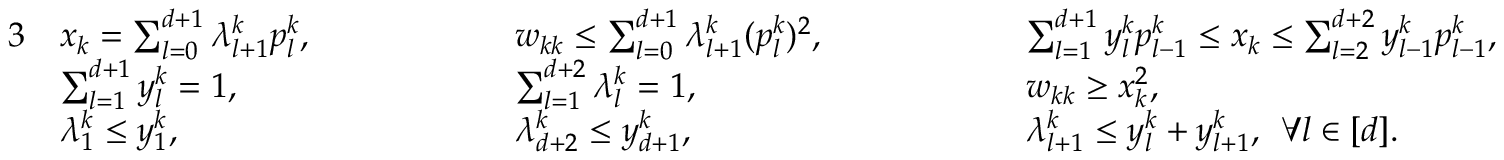
\begin{array} { r l r l r l } { { 3 } } & { x _ { k } = \sum _ { l = 0 } ^ { d + 1 } \lambda _ { l + 1 } ^ { k } p _ { l } ^ { k } , \qquad \qquad } & & { w _ { k k } \leq \sum _ { l = 0 } ^ { d + 1 } \lambda _ { l + 1 } ^ { k } ( p _ { l } ^ { k } ) ^ { 2 } , \qquad \qquad } & & { \sum _ { l = 1 } ^ { d + 1 } y _ { l } ^ { k } p _ { l - 1 } ^ { k } \leq x _ { k } \leq \sum _ { l = 2 } ^ { d + 2 } y _ { l - 1 } ^ { k } p _ { l - 1 } ^ { k } , } \\ & { \sum _ { l = 1 } ^ { d + 1 } y _ { l } ^ { k } = 1 , } & & { \sum _ { l = 1 } ^ { d + 2 } \lambda _ { l } ^ { k } = 1 , } & & { w _ { k k } \geq x _ { k } ^ { 2 } , } \\ & { \lambda _ { 1 } ^ { k } \leq y _ { 1 } ^ { k } , } & & { \lambda _ { d + 2 } ^ { k } \leq y _ { d + 1 } ^ { k } , } & & { \lambda _ { l + 1 } ^ { k } \leq y _ { l } ^ { k } + y _ { l + 1 } ^ { k } , \: \: \forall l \in [ d ] . } \end{array}